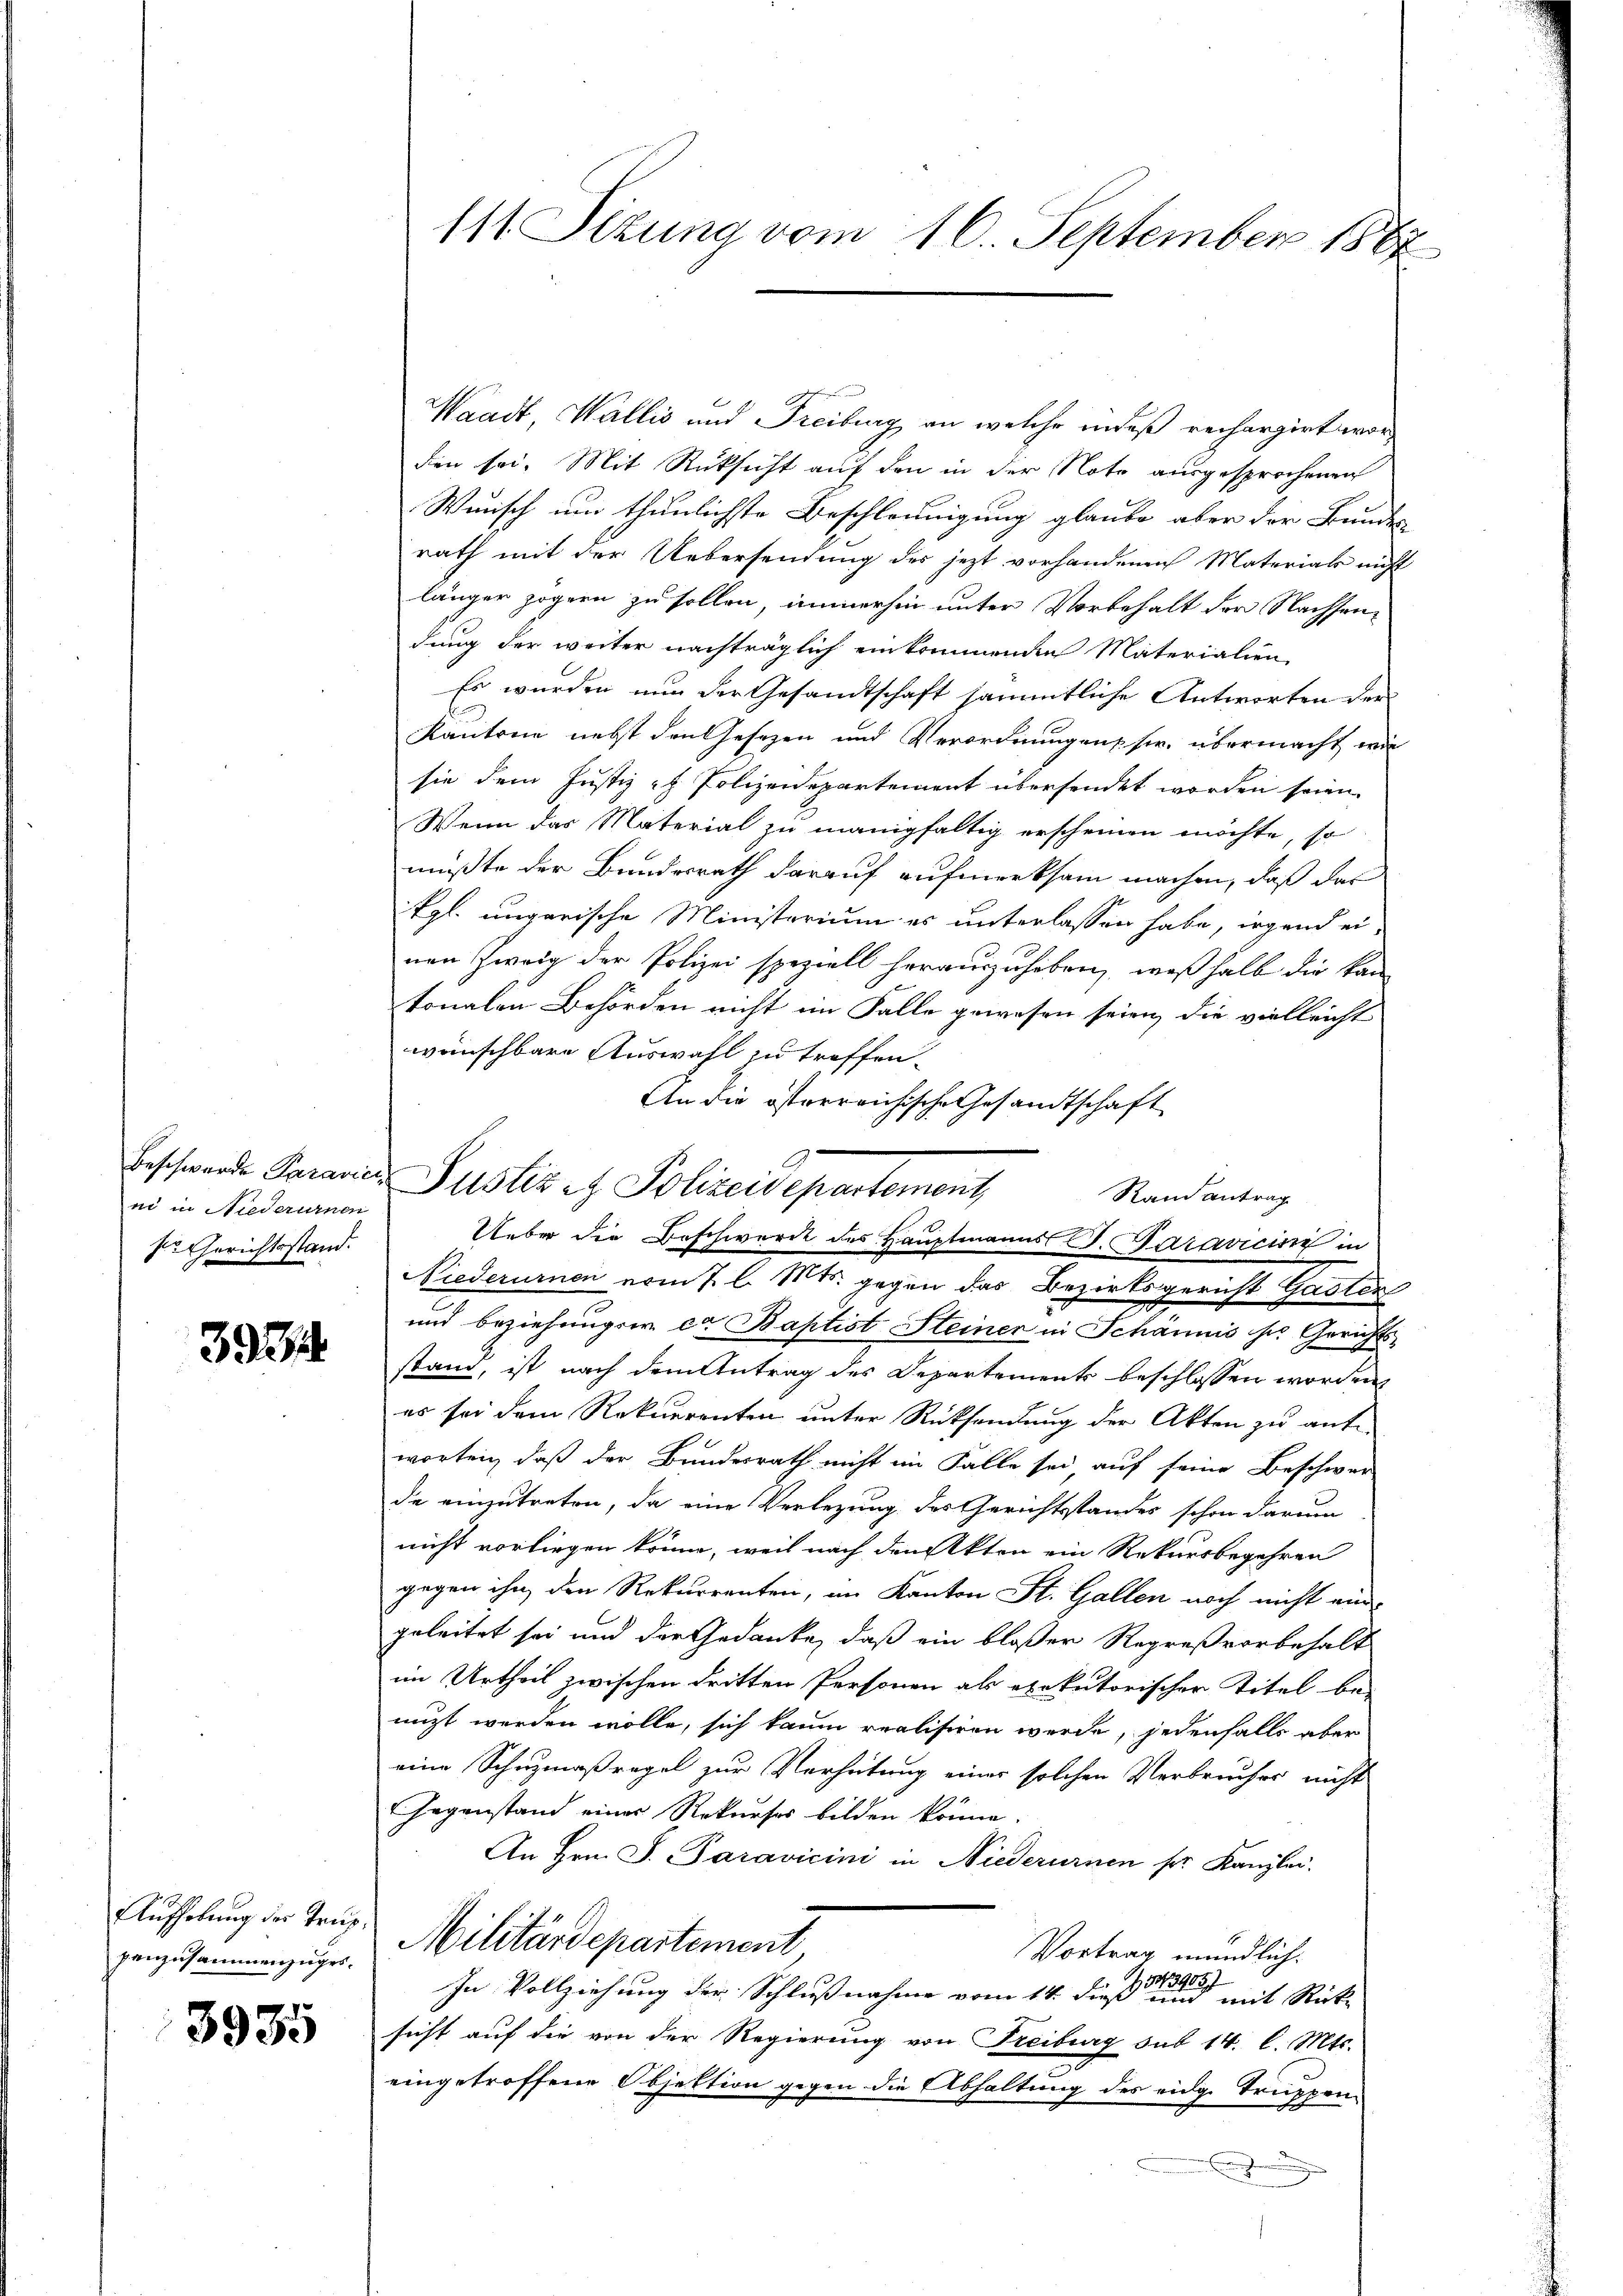
ni in Niederumen
P. Gerichtsstand.

393

Aufhebung der Trup
panzusammenzuges.

3935

Waadt, Wallis und Freiburg an welche indeß rechargirt worden sei. Mit Rücksicht auf den in der Note ausgesprochenen
Wenisch um thunlichste Beschleunigung glaube aber der Bundes
rath mit der Uebersendung des jezt vorhandenen Materials nicht
länger zögern zu sollen, immerhin unter Vorbehalt der Nachsendung der weiter nachträglich einkommenden Materialien,
Es wurden nun der Gesandtschaft sämmtliche Antworten der
Kantone nebst den Gesezen und Verordnungen sie, übermacht wir
sie dem Justiz - Polizeidepartement übersendet worden seien.
Wenn das Material zu manigfaltig erscheinen möchte, so
müßte der Bundesrath darauf aufmerksam machen, daß das
kgl. ungarische Ministerium es unterlassen habe, irgend ei-
nen Zweig der Polizei speziell herauszuheben, weßhalb die kan
tonalen Behörden nicht im Falle gewesen seien, die vielleicht
wünschbare Auswahl zu treffen.
An die österreichische Gesandtschaft
Niederurnen vom 7. l. Mts. gegen das Bezirksgericht Gasten
und beziehungsw. ca. Baptist Steiner in Schännis sie Gerichts
stand, ist nach dem Antrag des Departements beschlossen worden
es sei dem Rekurrenten unter Rücksendung der Akten zu antworten, daß der Bundesrath nicht im Falle sei auf seine Beschwer-
de einzutreten, da eine Verlegung des Gerichtsstandes schon darum
nicht vorliegen könne, weil nach den Akten ein Rekursbegehren
gegen ihn den Rekurrenten, im Kanton St. Gallen noch nicht ein-
geleitet sei und der Gedanke, daß ein bloßer Regreß vorbehalt
im Urtheil zwischen dritten Personen als exekutorischer Titel be-
nizt werden wolle, sich kaum realisiren werde, jedenfalls aber
eine Schuzmaßregel zur Verhütung einer solchen Verbruches nicht
Gegenstand eines Rekurses bilden könne.
An Hrn. J. Paravicini in Niederurnen für Kanzlei.
Militärdepartement,
Vortrag mündlich.
In Vollziehung der Schlußnahme vom 14. dieß einen mit Rück-
sicht auf die von der Regierung von Freiburg sub 14. l. Mts.
eingetroffene Objektion gegen die Abhaltung des eidge Truppen-
.

111 Sizung vom 16. September 1887

beschwende Paranier Justiz et Polizeidepartement,
Rand antrag
Ueber die Beschwerde des Hauptmanns J. Paravicis in